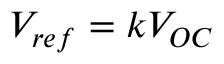
V _ { r e f } = k V _ { O C }